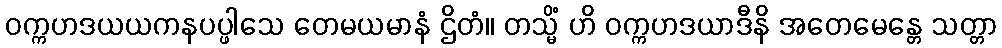
ဝက္ကဟဒယယကနပပ္ဖါသေ တေမယမာနံ ဌိတံ။ တသ္မိံ ဟိ ဝက္ကဟဒယာဒီနိ အတေမေန္တေ သတ္တာ